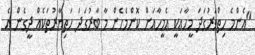
"އެންމެ ހިތްވަރުގަދަ މީހާއަކީ އެމީހާއަށް ކޮންމެހެން މާ ބާރުގަދަ ހަތިޔާރުތަކެއް ދީގެން އެ